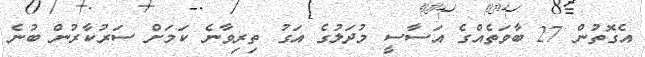
އެގޮތުން 27 ބާވަތެއްގެ އަސާސީ މުދަލުގެ އަގު ތިރިވާނެ ކަމަށް ސަރުކާރުން ބުނެ